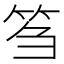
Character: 𥬠